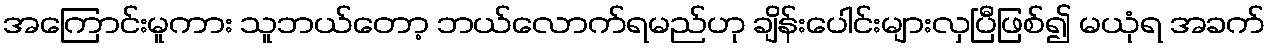
အကြောင်းမူကား သူဘယ်တော့ ဘယ်လောက်ရမည်ဟု ချိန်းပေါင်းများလှပြီဖြစ်၍ မယုံရ အခက်